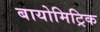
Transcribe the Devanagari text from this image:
बायोमिट्रिक